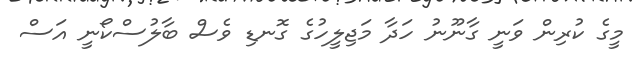
މީގެ ކުރިން ވަނީ ގާނޫނު ހަދާ މަޖިލީހުގެ ގޮނޑި ވެސް ބާލުސްކޯނީ އަސް